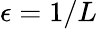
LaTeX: \epsilon=1/L